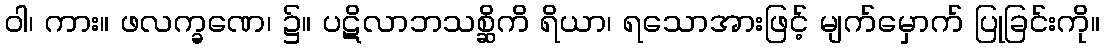
ဝါ၊ ကား။ ဖလက္ခဏေ၊ ၌။ ပဋိလာဘသစ္ဆိကိ ရိယာ၊ ရသောအားဖြင့် မျက်မှောက် ပြုခြင်းကို။